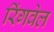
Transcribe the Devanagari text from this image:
रिंगवेल